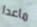
ماعدا